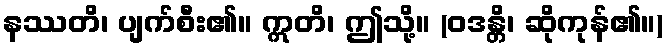
နဿတိ၊ ပျက်စီး၏။ ဣတိ၊ ဤသို့။ (ဝဒန္တိ၊ ဆိုကုန်၏။)